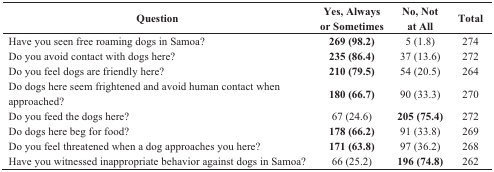
<table><thead><tr><td><b>Question</b></td><td><b>Yes, Always or Sometimes</b></td><td><b>No, Not at All</b></td><td><b>Total</b></td></tr></thead><tbody><tr><td>Have you seen free roaming dogs in Samoa?</td><td><b>269 (98.2)</b></td><td>5 (1.8)</td><td>274</td></tr><tr><td>Do you avoid contact with dogs here?</td><td><b>235 (86.4)</b></td><td>37 (13.6)</td><td>272</td></tr><tr><td>Do you feel dogs are friendly here?</td><td><b>210 (79.5)</b></td><td>54 (20.5)</td><td>264</td></tr><tr><td>Do dogs here seem frightened and avoid human contact when approached?</td><td><b>180 (66.7)</b></td><td>90 (33.3)</td><td>270</td></tr><tr><td>Do you feed the dogs here?</td><td>67 (24.6)</td><td><b>205 (75.4)</b></td><td>272</td></tr><tr><td>Do dogs here beg for food?</td><td><b>178 (66.2)</b></td><td>91 (33.8)</td><td>269</td></tr><tr><td>Do you feel threatened when a dog approaches you here?</td><td><b>171 (63.8)</b></td><td>97 (36.2)</td><td>268</td></tr><tr><td>Have you witnessed inappropriate behavior against dogs in Samoa?</td><td>66 (25.2)</td><td><b>196 (74.8)</b></td><td>262</td></tr></tbody></table>